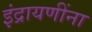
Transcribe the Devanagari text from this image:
इंद्रायणींना